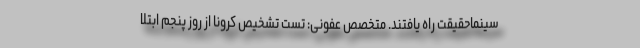
سینماحقیقت راه یافتند. متخصص عفونی: تست‌ تشخیص کرونا از روز پنجم ابتلا